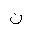
Letter: _non